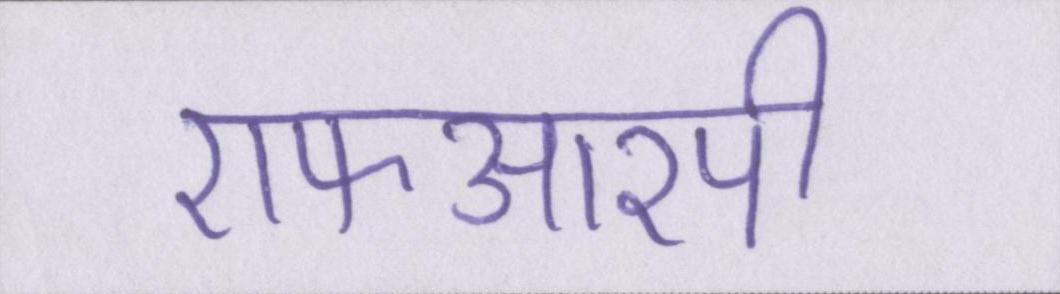
एफआरपी